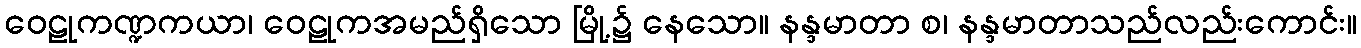
ဝေဠုကဏ္ဍကယာ၊ ဝေဠုကအမည်ရှိသော မြို့၌ နေသော။ နန္ဒမာတာ စ၊ နန္ဒမာတာသည်လည်းကောင်း။